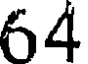
64